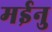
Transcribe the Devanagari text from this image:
मईनु